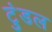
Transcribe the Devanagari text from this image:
टुंडल